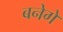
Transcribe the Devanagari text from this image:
बनेगे